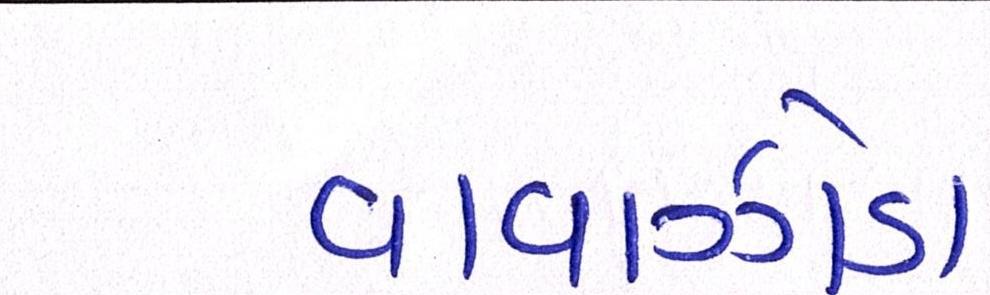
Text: વાવાઝોડા